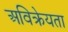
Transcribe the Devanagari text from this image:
अविक्रेयता